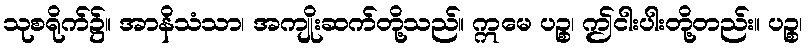
သုစရိုက်၌။ အာနိသံသာ၊ အကျိုးဆက်တို့သည်။ ဣမေ ပဉ္စ၊ ဤငါးပါးတို့တည်း။ ပဉ္စ၊